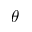
\theta